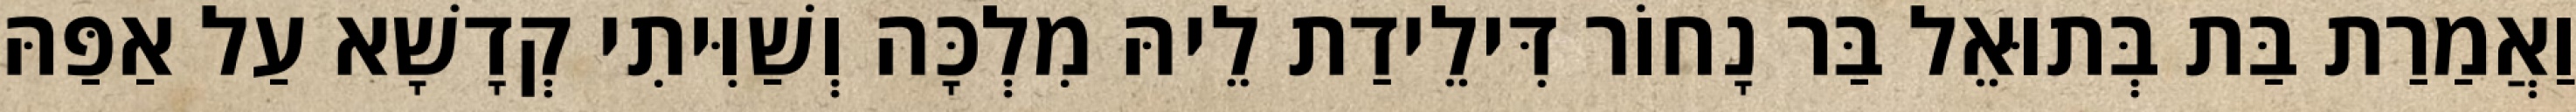
וַאֲמַרַת בַּת בְּתוּאֵל בַּר נָחוֹר דִּילֵידַת לֵיהּ מִלְכָּה וְשַׁוִּיתִי קְדָשָׁא עַל אַפַּהּ